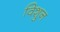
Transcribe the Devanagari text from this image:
विशुन